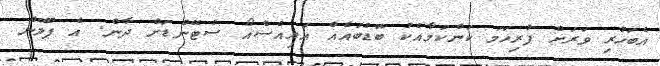
އެބަހުރި ވަރަށް ފުރިހަމަ ކަންކަމާއެކު ބޮޑުބައެއް އައިއެސްއޯ ސްޓޭންޑަށް ދާން. އެ ޕްލޭން